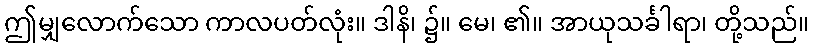
ဤမျှလောက်သော ကာလပတ်လုံး။ ဒါနိ၊ ၌။ မေ၊ ၏။ အာယုသင်္ခါရာ၊ တို့သည်။